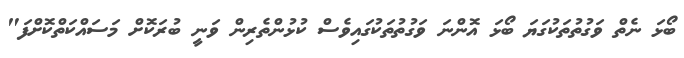
ބޯޅަ ނެތް ވަގުތުތަކުގަޔަ ބޯޅަ އޮންނަ ވަގުތުތަކުގައިވެސް ކުޅުންތެރިން ވަނީ ބުރަކޮށް މަސައްކަތްކޮށްފަ"